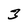
Character: 3